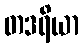
တဒရိယာ